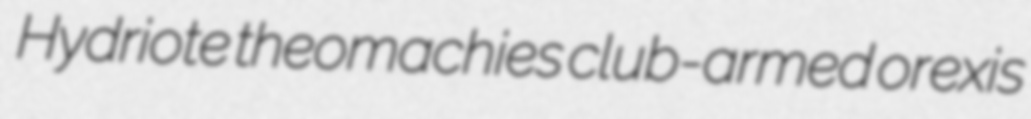
Hydriote theomachies club-armed orexis